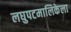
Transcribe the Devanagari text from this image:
लघुपटमालिकेला